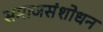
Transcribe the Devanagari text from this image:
समाजसंशोधन